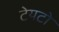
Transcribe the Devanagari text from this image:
टेयटो